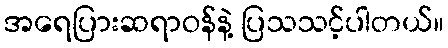
အရေပြားဆရာဝန်နဲ့ ပြသသင့်ပါတယ်။